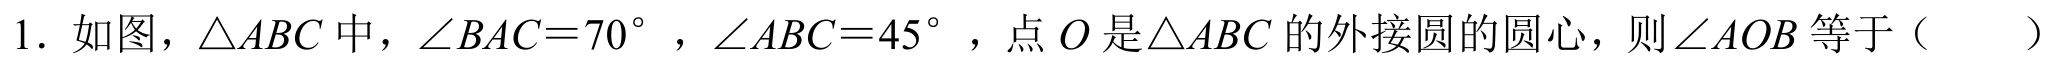
1. 如图，\(\triangle ABC\)中，\(\angle BAC = 70^{\circ}\)，\(\angle ABC = 45^{\circ}\)，点\(O\)是\(\triangle ABC\)的外接圆的圆心，则\(\angle AOB\)等于（  ）